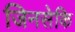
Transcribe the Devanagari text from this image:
जिनसेकि